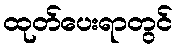
ထုတ်ပေးရာတွင်